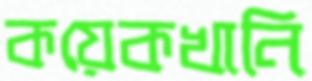
কয়েকখানি